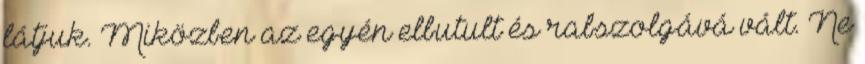
látjuk. Miközben az egyén elbutult és rabszolgává vált. Ne